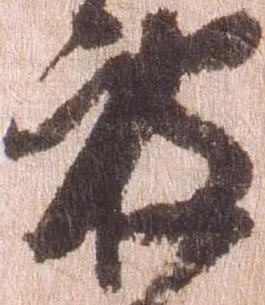
被